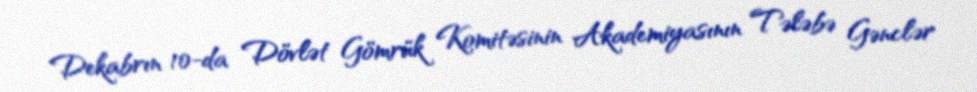
Dekabrın 10-da Dövlət Gömrük Komitəsinin Akademiyasının Tələbə Gənclər